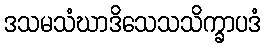
ဒသမသံဃာဒိသေသသိက္ခာပဒံ